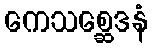
ကေသစ္ဆေဒနံ